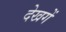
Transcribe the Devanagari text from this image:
देखगें